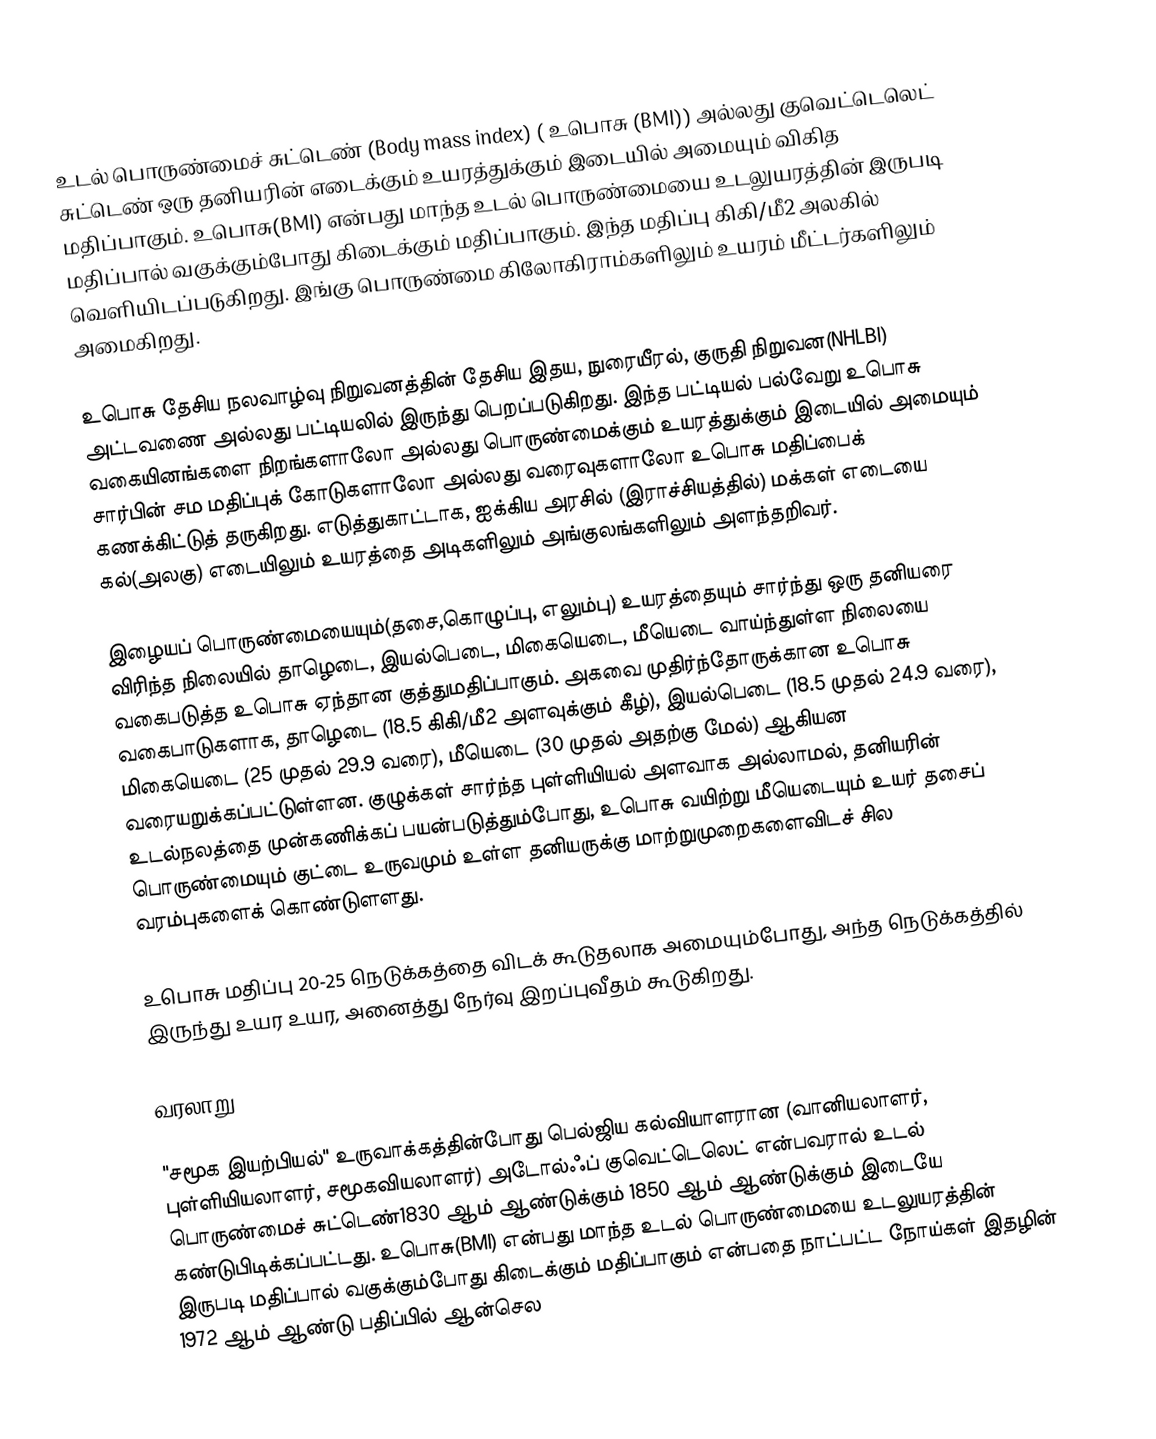
உடல் பொருண்மைச் சுட்டெண் (Body mass index) ( உபொசு (BMI))  அல்லது குவெட்டெலெட் சுட்டெண் ஒரு தனியரின் எடைக்கும் உயரத்துக்கும் இடையில் அமையும் விகித மதிப்பாகும்.  உபொசு(BMI) என்பது மாந்த உடல் பொருண்மையை உடலுயரத்தின் இருபடி மதிப்பால் வகுக்கும்போது கிடைக்கும் மதிப்பாகும்.  இந்த மதிப்பு கிகி/மீ2 அலகில் வெளியிடப்படுகிறது. இங்கு பொருண்மை கிலோகிராம்களிலும் உயரம் மீட்டர்களிலும் அமைகிறது.

உபொசு தேசிய நலவாழ்வு நிறுவனத்தின்  தேசிய இதய, நுரையீரல், குருதி நிறுவன(NHLBI)  அட்டவணை அல்லது பட்டியலில் இருந்து பெறப்படுகிறது. இந்த பட்டியல் பல்வேறு உபொசு வகையினங்களை நிறங்களாலோ அல்லது பொருண்மைக்கும் உயரத்துக்கும் இடையில் அமையும் சார்பின் சம மதிப்புக் கோடுகளாலோ அல்லது வரைவுகளாலோ உபொசு மதிப்பைக் கணக்கிட்டுத் தருகிறது. எடுத்துகாட்டாக, ஐக்கிய  அரசில் (இராச்சியத்தில்) மக்கள் எடையை கல்(அலகு) எடையிலும்  உயரத்தை அடிகளிலும் அங்குலங்களிலும் அளந்தறிவர்.

இழையப் பொருண்மையையும்(தசை,கொழுப்பு, எலும்பு) உயரத்தையும் சார்ந்து ஒரு தனியரை  விரிந்த நிலையில்  தாழெடை, இயல்பெடை, மிகையெடை, மீயெடை வாய்ந்துள்ள நிலையை வகைபடுத்த உபொசு ஏந்தான குத்துமதிப்பாகும்.  அகவை முதிர்ந்தோருக்கான உபொசு வகைபாடுகளாக, தாழெடை (18.5 கிகி/மீ2 அளவுக்கும் கீழ்),  இயல்பெடை (18.5 முதல் 24.9 வரை), மிகையெடை (25 முதல் 29.9 வரை), மீயெடை (30 முதல் அதற்கு மேல்) ஆகியன வரையறுக்கப்பட்டுள்ளன.  குழுக்கள் சார்ந்த புள்ளியியல் அளவாக அல்லாமல், தனியரின் உடல்நலத்தை முன்கணிக்கப் பயன்படுத்தும்போது, உபொசு  வயிற்று மீயெடையும் உயர் தசைப் பொருண்மையும் குட்டை உருவமும் உள்ள தனியருக்கு மாற்றுமுறைகளைவிடச் சில  வரம்புகளைக் கொண்டுளளது.

உபொசு மதிப்பு 20-25 நெடுக்கத்தை விடக் கூடுதலாக  அமையும்போது, அந்த நெடுக்கத்தில் இருந்து உயர உயர,  அனைத்து நேர்வு இறப்புவீதம் கூடுகிறது.

வரலாறு

"சமூக இயற்பியல்" உருவாக்கத்தின்போது பெல்ஜிய கல்வியாளரான (வானியலாளர், புள்ளியியலாளர், சமூகவியலாளர்)  அடோல்ஃப் குவெட்டெலெட் என்பவரால் உடல் பொருண்மைச் சுட்டெண்1830  ஆம் ஆண்டுக்கும் 1850 ஆம் ஆண்டுக்கும் இடையே கண்டுபிடிக்கப்பட்டது. உபொசு(BMI) என்பது மாந்த உடல் பொருண்மையை உடலுயரத்தின் இருபடி மதிப்பால் வகுக்கும்போது கிடைக்கும் மதிப்பாகும் என்பதை நாட்பட்ட நோய்கள் இதழின் 1972 ஆம் ஆண்டு பதிப்பில் ஆன்செல